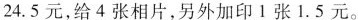
24.5元，给4张相片，另外加印1张1.5元。